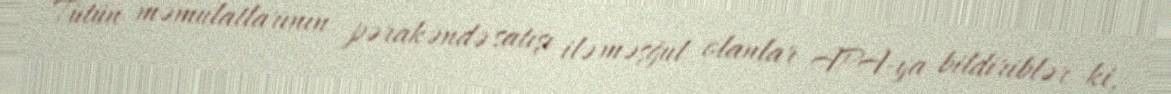
Tütün məmulatlarının pərakəndə satışı ilə məşğul olanlar APA-ya bildiriblər ki,